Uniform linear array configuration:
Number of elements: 8
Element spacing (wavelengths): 1
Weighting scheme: hamming
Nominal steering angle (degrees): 30
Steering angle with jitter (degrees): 29.666
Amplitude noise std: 0.05
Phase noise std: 0.05

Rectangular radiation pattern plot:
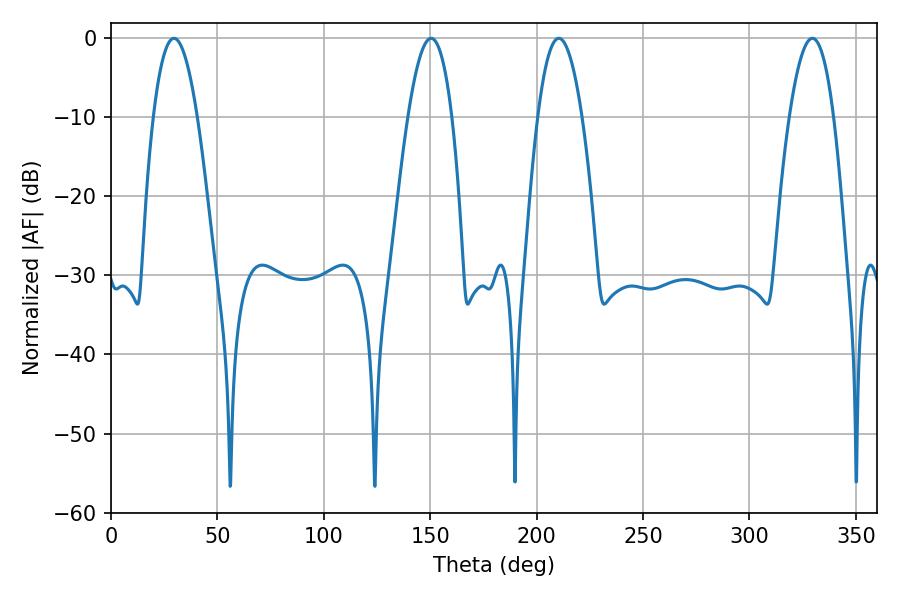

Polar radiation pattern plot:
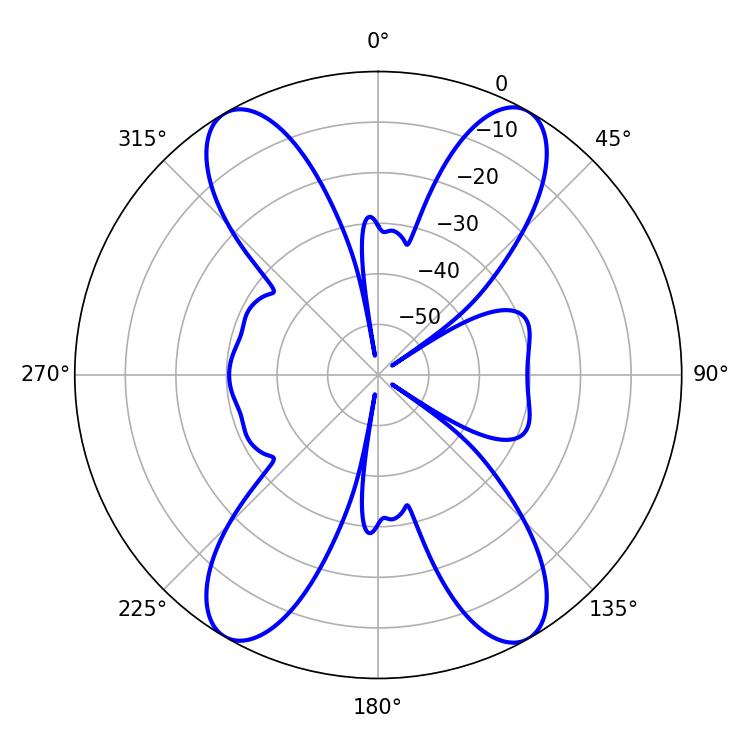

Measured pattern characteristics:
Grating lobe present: TRUE
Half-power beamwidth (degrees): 11.52
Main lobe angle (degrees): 210.42